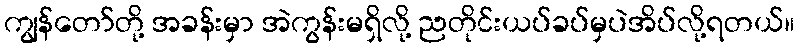
ကျွန်တော်တို့ အခန်းမှာ အဲကွန်းမရှိလို့ ညတိုင်းယပ်ခပ်မှပဲအိပ်လို့ရတယ်။